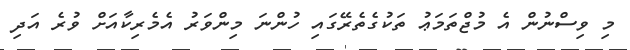
މި ވިސްނުން އެ މުޖްތަމަޢު ތަކުގެތެރޭގައި ހުންނަ މިންވަރު އެމެރިކާއަށް ވުރެ އަދި